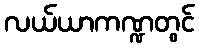
လယ်ယာကဏ္ဍတွင်